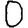
Digit: 0